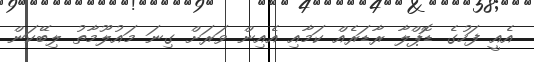
އެއީ ފަހުގެ ޑޮޕްލާ ރާޑަރެއް ކަމާއި އެއިން ވަރަށް ގިނަ މައުލޫމާތު ލިބޭކަން